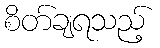
စိတ်ချရသည့်